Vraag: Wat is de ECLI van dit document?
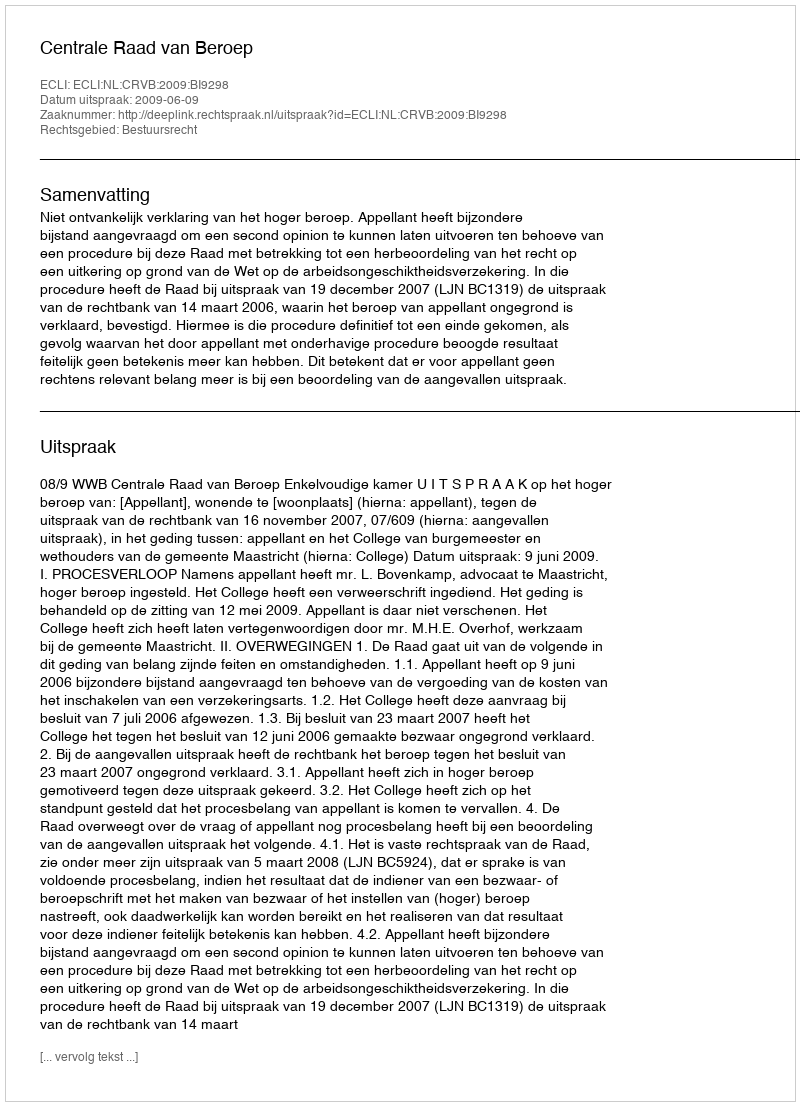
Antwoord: ECLI:NL:CRVB:2009:BI9298